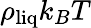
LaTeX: \rho_{\mathrm{liq}}k_{B}T